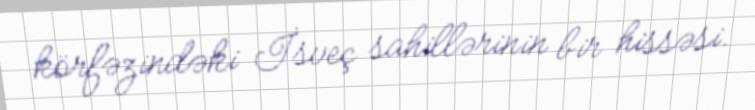
körfəzindəki İsveç sahillərinin bir hissəsi.